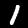
Digit: 1